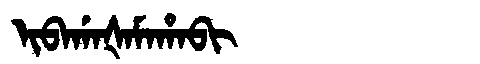
Manchu: ᡳᠪᠠᡤᠠᡧᠠᠮᠠᡥᠠᠪᡳ
Romanization: IBAGAŠAMAHABI